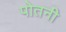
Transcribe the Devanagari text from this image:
पोतनी